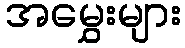
အမွှေးများ